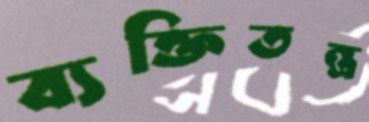
ব্যক্তিতন্ত্র